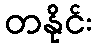
တနိုင်း